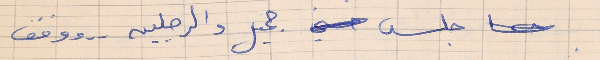
جلس جميل والرجلين . .  ووقف